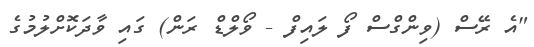
"އެ ރޭސް (ވިންގްސް ފޯ ލައިފް - ވޯލްޑް ރަން) ގައި ވާދަކޮށްލުމުގެ